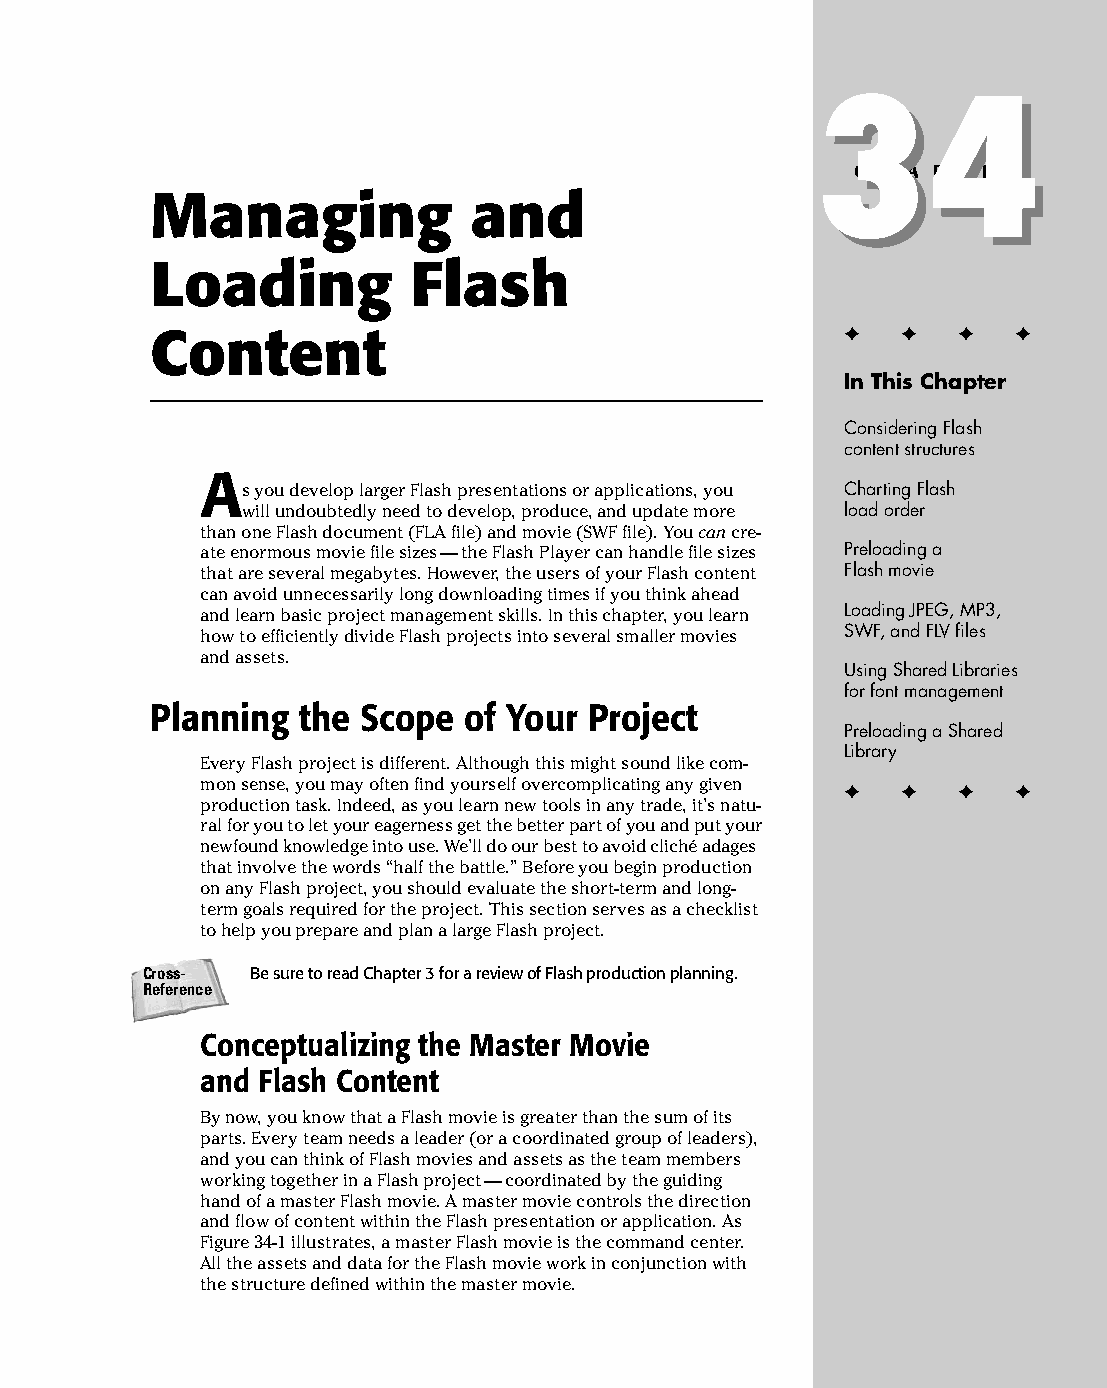
45 543547 ch34.qxd 3/24/04 4:15 PM Page 813
 34
 34
 C H A P T E R
 Managing             and
 Loading          Flash
 ✦  ✦ ✦  ✦
 Content
 In This Chapter
 Considering Flash
 content structures
 A
 s you develop larger Flash presentations or applications, you Charting Flash
 will undoubtedly need to develop, produce, and update more load order
 than one Flash document (FLA file) and movie (SWF file). You can cre­
 ate enormous movie file sizes — the Flash Player can handle file sizes Preloading a
 that are several megabytes. However, the users of your Flash content Flash movie
 can avoid unnecessarily long downloading times if you think ahead
 and learn basic project management skills. In this chapter, you learn Loading JPEG, MP3,
 how to efficiently divide Flash projects into several smaller movies SWF, and FLV files
 and assets.
 Using Shared Libraries
 for font management
 Planning  the Scope  of Your Project
 Preloading a Shared
 Library
 Every Flash project is different. Although this might sound like com­
 mon sense, you may often find yourself overcomplicating any given ✦ ✦ ✦ ✦
 production task. Indeed, as you learn new tools in any trade, it’s natu­
 ral for you to let your eagerness get the better part of you and put your
 newfound knowledge into use. We’ll do our best to avoid cliché adages
 that involve the words “half the battle.” Before you begin production
 on any Flash project, you should evaluate the short-term and long-
 term goals required for the project. This section serves as a checklist
 to help you prepare and plan a large Flash project.
 Cross-  Be sure to read Chapter 3 for a review of Flash production planning.
 Reference
 Conceptualizing the Master Movie
 and Flash Content
 By now, you know that a Flash movie is greater than the sum of its
 parts. Every team needs a leader (or a coordinated group of leaders),
 and you can think of Flash movies and assets as the team members
 working together in a Flash project — coordinated by the guiding
 hand of a master Flash movie. A master movie controls the direction
 and flow of content within the Flash presentation or application. As
 Figure 34-1 illustrates, a master Flash movie is the command center.
 All the assets and data for the Flash movie work in conjunction with
 the structure defined within the master movie.